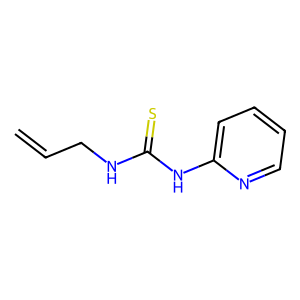
SMILES: C=CCNC(=S)Nc1ccccn1
Inhibits HIV replication: No